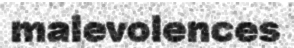
malevolences